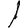
Digit: 1